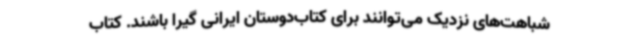
شباهت‌های نزدیک می‌توانند برای کتاب‌دوستان ایرانی گیرا باشند. کتاب